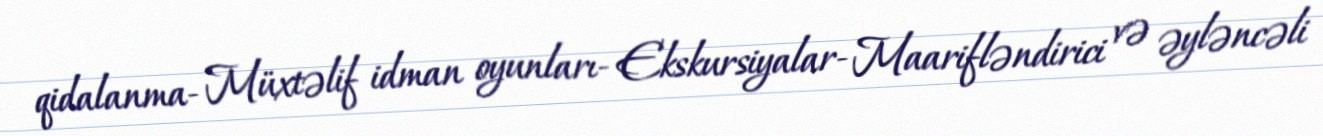
qidalanma- Müxtəlif idman oyunları- Ekskursiyalar- Maarifləndirici və əyləncəli